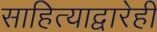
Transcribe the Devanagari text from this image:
साहित्याद्वारेही